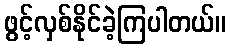
ဖွင့်လှစ်နိုင်ခဲ့ကြပါတယ်။